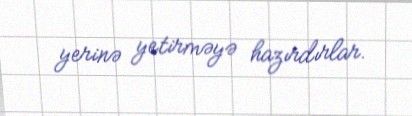
yerinə yetirməyə hazırdırlar.